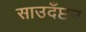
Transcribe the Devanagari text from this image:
साउदँप्टन